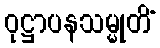
ဝုဋ္ဌာပနသမ္မုတိံ